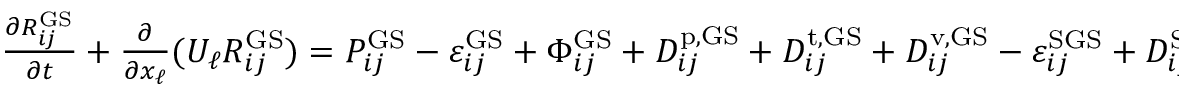
\begin{array} { r } { \frac { \partial R _ { i j } ^ { \mathrm { G S } } } { \partial t } + \frac { \partial } { \partial x _ { \ell } } ( U _ { \ell } R _ { i j } ^ { \mathrm { G S } } ) = P _ { i j } ^ { \mathrm { G S } } - \varepsilon _ { i j } ^ { \mathrm { G S } } + \Phi _ { i j } ^ { \mathrm { G S } } + D _ { i j } ^ { \mathrm { p , G S } } + D _ { i j } ^ { \mathrm { t , G S } } + D _ { i j } ^ { \mathrm { v , G S } } - \varepsilon _ { i j } ^ { \mathrm { S G S } } + D _ { i j } ^ { \mathrm { S G S } } , } \end{array}